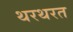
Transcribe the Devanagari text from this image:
थरथरत